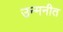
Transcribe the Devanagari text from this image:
उन्मनीत